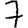
Digit: 7